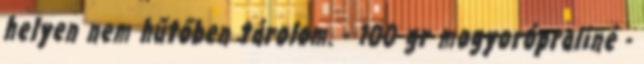
helyen nem hűtőben tárolom. - 100 gr mogyorópraliné -